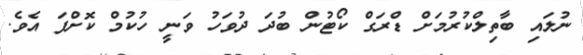
ނުލައި ބާތިލްކުރުމަށް ޑްރަގް ކޯޓުން ބުދަ ދުވަހު ވަނީ ހުކުމް ކޮށްފަ އެވެ.